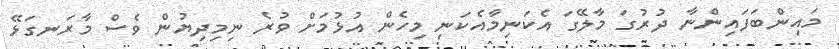
މައިންބަފައިންނާ ދުރުގަ މާލޭގަ އެކަނިމާއެކަނި މިހެން އުޅުމަށް ވުރެ ނިމިދިޔުން ވެސް މާރަނގަޅޭ